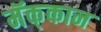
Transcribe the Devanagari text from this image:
मॅक्‌कान